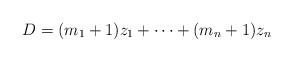
LaTeX: \begin{align*}D = (m_1+1) z_1 + \cdots + (m_n+1) z_n \end{align*}